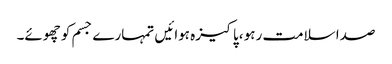
صدا سلامت رہو ،پاکیزہ ہوائیں تمہارے جسم کو چھوئے۔